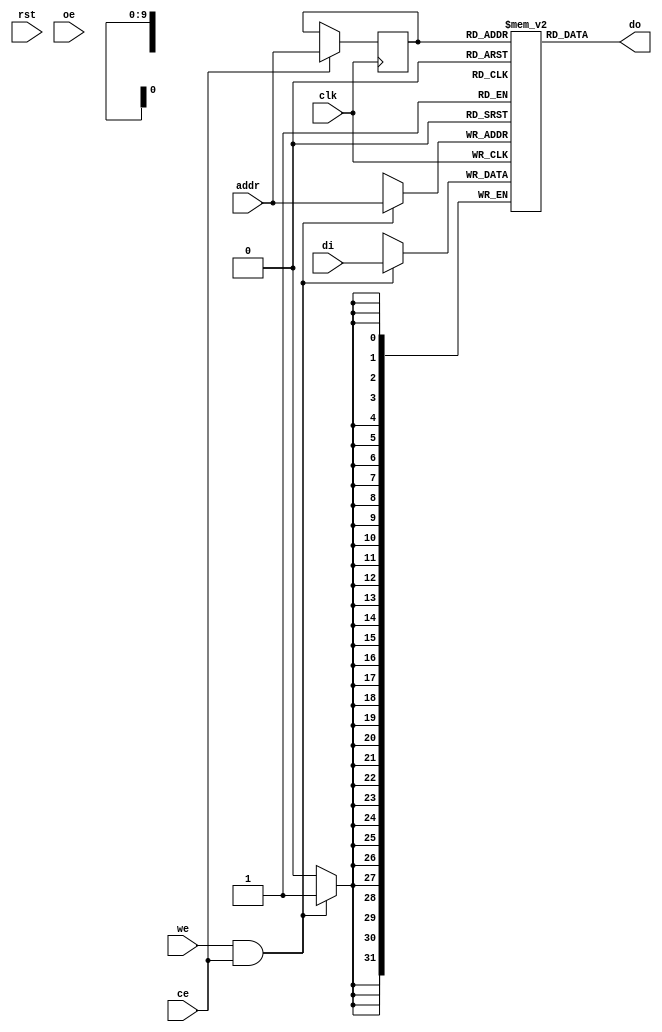
/*
 * Copyright (C) 2018-2020 Markus Lavin (https://www.zzzconsulting.se/)
 *
 * All rights reserved.
 *
 * This program is free software: you can redistribute it and/or modify
 * it under the terms of the GNU General Public License as published by
 * the Free Software Foundation, either version 3 of the License, or
 * (at your option) any later version.
 *
 * This program is distributed in the hope that it will be useful,
 * but WITHOUT ANY WARRANTY; without even the implied warranty of
 * MERCHANTABILITY or FITNESS FOR A PARTICULAR PURPOSE.  See the
 * GNU General Public License for more details.
 *
 * You should have received a copy of the GNU General Public License
 * along with this program.  If not, see <https://www.gnu.org/licenses/>.
 *
 */

module spram(clk, rst, ce, we, oe, addr, di, do);
	//
	// Default address and data buses width (1024*32)
	//
	parameter aw = 10; //number of address-bits
	parameter dw = 32; //number of data-bits

	//
	// Generic synchronous single-port RAM interface
	//
	input           clk;  // Clock, rising edge
	input           rst;  // Reset, active high
	input           ce;   // Chip enable input, active high
	input           we;   // Write enable input, active high
	input           oe;   // Output enable input, active high
	input  [aw-1:0] addr; // address bus inputs
	input  [dw-1:0] di;   // input data bus
	output reg [dw-1:0] do;   // output data bus

	//
	// Module body
	//

	reg [dw-1:0] mem [(1<<aw) -1:0] /* verilator public */;
	reg [aw-1:0] ra;
	reg oe_r;

	always @(posedge clk)
		oe_r <= oe;

	always @*
//		if (oe_r)
			do = mem[ra];

	// read operation
	always @(posedge clk)
	  if (ce)
	    ra <= addr;     // read address needs to be registered to read clock

	// write operation
	always @(posedge clk) begin
	  if (we && ce) begin
	    mem[addr] <= di;
            // $display("mem[%h] <= %h\n", addr, di);
          end
        end

endmodule

// Async RAM wrapper that serves two phases. phN_addr, phN_di and phN_we must be stable between phN_en pulses.
module spram2phase(
  clk,
  rst,
  ph1_en,
  ph1_addr,
  ph1_do,
  ph1_di,
  ph1_we,
  ph1_cs,
  ph2_en,
  ph2_addr,
  ph2_do,
  ph2_di,
  ph2_we,
  ph2_cs
);

	parameter aw = 10; //number of address-bits
	parameter dw = 32; //number of data-bits

  input clk;
  input rst;
  input ph1_en;
  input [aw-1:0] ph1_addr;
  output reg [dw-1:0] ph1_do;
  input [dw-1:0] ph1_di;
  input ph1_we;
  input ph1_cs;
  input ph2_en;
  input [aw-1:0] ph2_addr;
  output reg [dw-1:0] ph2_do;
  input [dw-1:0] ph2_di;
  input ph2_we;
  input ph2_cs;

  wire [dw-1:0] do;
  reg ph1_not_ph2;

  always @(posedge clk) begin
    if (ph1_en) ph1_not_ph2 <= 1'b1;
    else if (ph2_en) ph1_not_ph2 <= 1'b0;
  end

  always @(posedge clk) begin
    if (ph1_en) ph2_do <= do;
  end

  always @(posedge clk) begin
    if (ph2_en) ph1_do <= do;
  end

  spram #(
    .aw(aw),
    .dw(dw)
  ) u_spram(
    .clk(clk),
    .rst(rst),
    .ce(ph1_not_ph2 ? ph1_cs : ph2_cs),
    .oe(1'b1),
    .addr(ph1_not_ph2 ? ph1_addr : ph2_addr),
    .do(do),
    .di(ph1_not_ph2 ? ph1_di : ph2_di),
    .we(ph1_not_ph2 ? ph1_we : ph2_we)
  );

endmodule